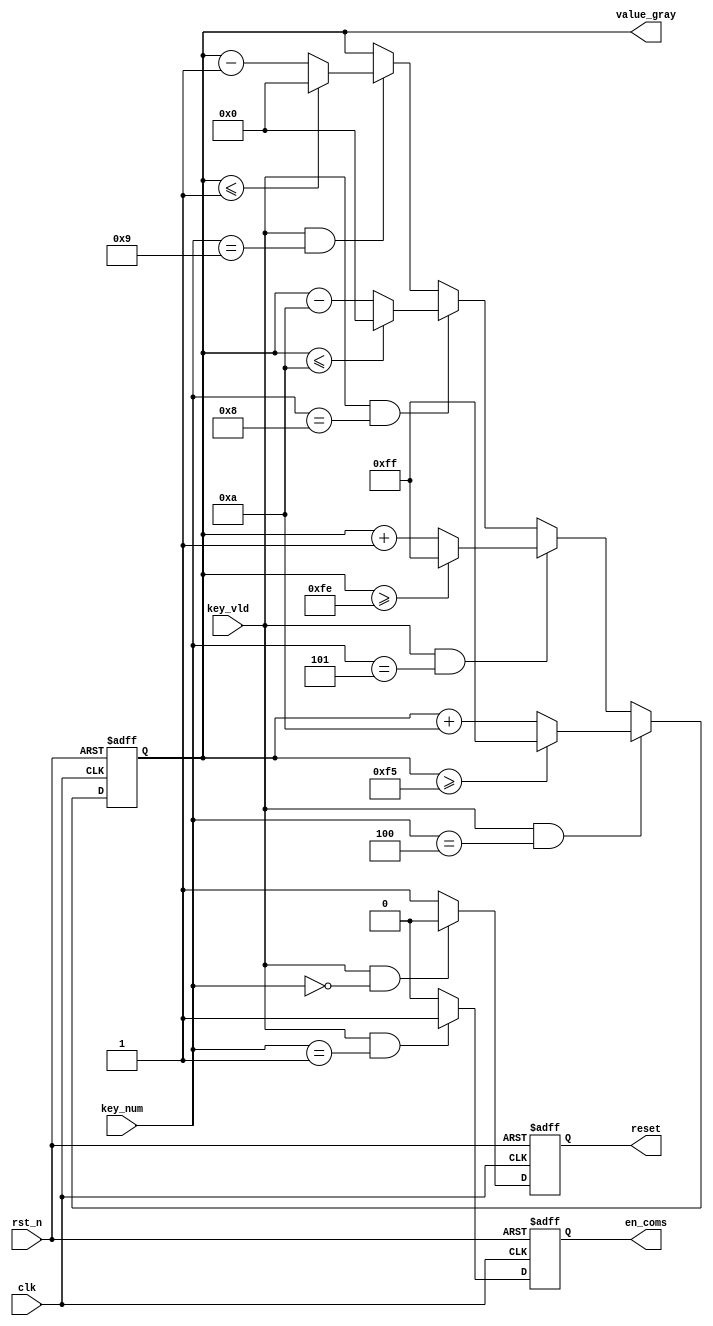
module key_config(
    clk         ,
    rst_n       ,
    key_num     ,
    key_vld     ,
    en_coms     ,
    value_gray  ,
    reset            
);

    //
    input         clk        ;
    input         rst_n      ;
    input         key_vld    ;
    input  [3:0]  key_num    ;

    //
    output        en_coms    ;
    output [7:0]  value_gray ;
    output        reset      ;

    //reg
    reg           en_coms    ;
    reg    [7:0]  value_gray ;
    reg           reset      ;

    always @ (posedge clk or negedge rst_n)begin
        if(!rst_n)begin
            reset <= 0;
        end
        else if(key_vld && key_num == 0)begin
            reset <= 0;
        end
        else begin
            reset <= 1;
        end
    end

    always @ (posedge clk or negedge rst_n)begin
        if(!rst_n)begin
            en_coms <= 0;
        end
        else if(key_vld && key_num == 1)begin
            en_coms <= 1;
        end
        else begin
            en_coms <= 0;
        end
    end

    always @ (posedge clk or negedge rst_n)begin
        if(!rst_n)begin
            value_gray <= 130;
        end
        else if(key_vld && key_num == 4)begin
            if(value_gray >= 245)
                value_gray <= 255;
            else
                value_gray <= value_gray + 10;
        end
        else if(key_vld && key_num == 5)begin
            if(value_gray >= 254)
                value_gray <= 255;
            else
                value_gray <= value_gray + 1;
        end
        else if(key_vld && key_num == 8)begin
            if(value_gray <= 10)
                value_gray <= 0;
            else
                value_gray <= value_gray - 10;
        end
        else if(key_vld && key_num == 9)begin
            if(value_gray <= 1)
                value_gray <= 0;
            else
                value_gray <= value_gray - 1;
        end
    end

endmodule